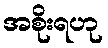
အစိုးရဟု